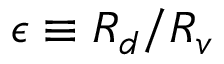
\epsilon \equiv R _ { d } / R _ { v }